Civil Veterinary Department. United Provinces 1932-42 - 1932-1942
Year: 1932
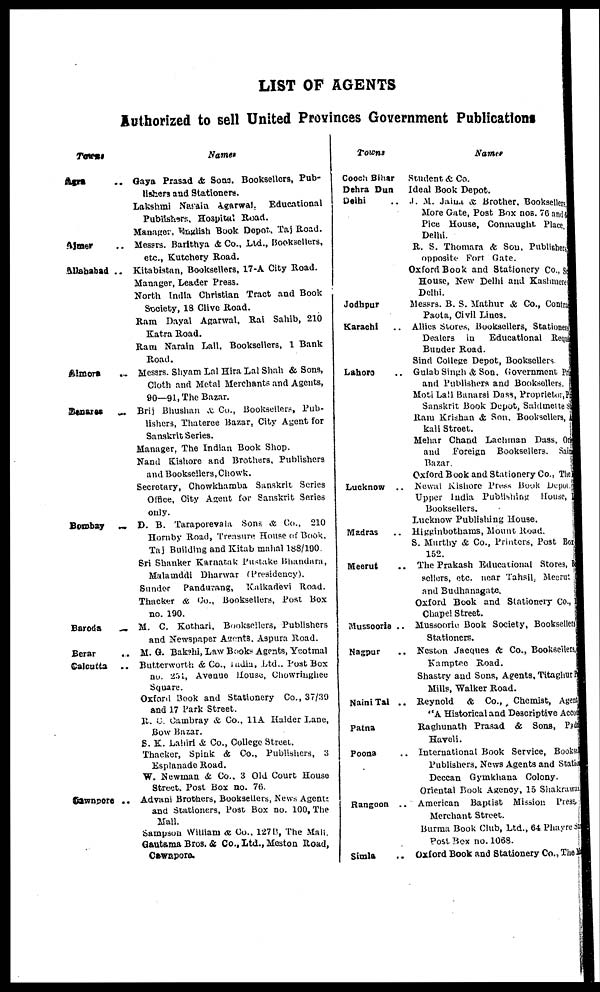
LIST OF AGENTS
Authorized to sell United Provinces Government Publications
Tawns
Agra ..
Almer ..
Allahabad ..
Almora ..
Banares
..
Bombay
..
Baroda
..
Berar
..
Calcutta ..
Cawnpore ..
Names
Gaya Prasad & Sons. Booksellers, Pub-
lishers and Stationers.
Lakshmi Natain Agarwal, Educational
Publishers, Hospital Road.
Manager, English Book Depot. Taj Road.
Messrs. Barithya & Co., Ltd., Booksellers,
etc., Kutchery Road.
Kitabistan, Booksellers, 17-A City Road.
Manager, Leader Press.
North India Christian Tract and Book
Society, 18 Clive Road.
Ram Dayal Agarwal, Rai Sahib, 210
Katra Road.
Ram Narain Lall, Booksellers, 1 Bank
Road.
Messrs. Shyam Lal Hira Lal Shah & Sons,
Cloth and Metal Merchants and Agents,
90—91, The Bazar.
Brij Bhushan & Co., Booksellers, Pub-
lishers, Thateree Bazar, City Agent for
Sanskrit Series.
Manager, The Indian Book Shop.
Nand Kishore and Brothers, Publishers
and Booksellers, Chowk.
Secretary, Chowkhamba Sanskrit Scries
Office, City Agent for Sanskrit Series
only.
D. B. Taraporevala Sons & Co., 210
Hornby Road, Treasure House of Book,
Taj Building and Kitab mahal 188/190.
Sri Shanker Karnatak Pustake Bhaudara,
Malamddi Dharwar (Presidency).
Sunder Pandurang, Kalkadevi Road.
Thacker & Co., Booksellers, Post Box
no. 190.
M. C. Kothari, Booksellers, Publishers
and Newspaper Agents, Aspura Road.
M. G. Bakshi, Law Books Agents, Yeotmal
Butterworth & Co., India, Ltd., Post Box
no. 251, Avenue House, Chowringhee
Square.
Oxford Book and Stationery Co., 37/39
and 17 Park Street.
R. C. Cambray & Co., 11A Haider Lane,
Bow Bazar.
S. K. Lahiri & Co., College Street.
Thacker, Spink & Co., Publishers, 3
Esplanade Road.
W. Newman & Co., 3 Old Court House
Street. Post Box no. 76.
Advani Brothers, Booksellers, News Agents
and Stationers, Post Box no. 100, The
Mall.
Sampson William & Co., 127B, The Mali.
Gautama Bros. & Co., Ltd., Meston Road,
Cawnpora.
Towns
Cooch Bihar
Dehra Dun
Delhi ..
Jodhpur
Karachi
Lahoro ..
Lucknow ..
Madras ..
Meerut ..
Mussooria ..
Nagpur ..
Naini Tal ..
Patna
Poona ..
Rangoon ..
Simla
Names
Student & Co.
Ideal Book Depot.
J. M. Jains & Brother, Booksellers
More Gate, Post Box nos. 76 and 6
Pice House, Connaught Place.
Delhi.
R. S. Thomara & Son, Publishers
opposite Port Gate.
Oxford Book and Stationery Co., Sc
House, New Delhi and Kashmere
Delhi.
Messrs. B. S. Mathur & Co., Contra
Paota, Civil Linos.
Allies Stores, Booksellers, Stationers
Dealers in Educational Requi
Bunder Road.
Sind College Depot, Booksellers.
Gulab Singh & Son, Government Pr
and Publishers and Booksellers.
Moti Lall Banarsi Dass, Proprietor, P
Sanskrit Book Depot, Saidmette S
Ram Krishan & Son. Booksellers,
kali Street.
Mehar Chand Lachman Dass, On
and Foreign Booksellers. Sain
Bazar.
Oxford Book and Stationery Co., The
Newal Kishore Press Book Depot
Upper India Publishing House,
Booksellers.
Lucknow Publishing House.
Higginbothams, Mount Road.
S. Murthy & Co., Printers, Post Box
152.
The Prakash Educational Stores, 1
sellers, etc. near Tahsil, Meerut
and Budhanagate.
Oxford Book and Stationery Co.,
Chapel Street.
Mussoorie Book Society, Booksellen
Stationers.
Neston Jacques & Co., Booksellers,
Kamptee Road.
Shastry and Sons, Agents, Titaghur
Mills, Walker Road.
Reynold & Co., Chemist, Agent
"A Historical and Descriptive Accou
Raghunath Prasad & Sons, Padd
Haveli.
International Book Service, Bookst
Publishers, News Agents and Statio
Deccan Gymkhana Colony.
Oriental Book Agency, 15 Shakrawar
American Baptist Mission Press.
Merchant Street.
Burma Book Club, Ltd., 64 Phayre Sta
Post Box no. 1068.
Oxford Book and Stationery Co., The Ml